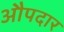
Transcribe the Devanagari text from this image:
औपदार